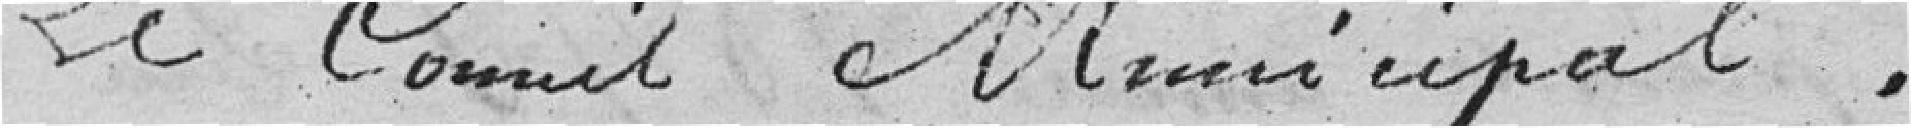
Le Conseil Municipal